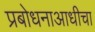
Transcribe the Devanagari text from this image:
प्रबोधनाआधीचा